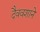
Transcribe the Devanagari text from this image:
दैववशाने